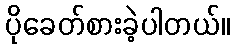
ပိုခေတ်စားခဲ့ပါတယ်။